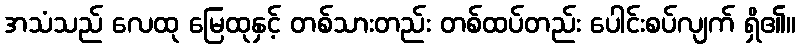
အသံသည် လေထု မြေထုနှင့် တစ်သားတည်း တစ်ထပ်တည်း ပေါင်းစပ်လျက် ရှိ၏။